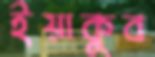
ইয়াকুব